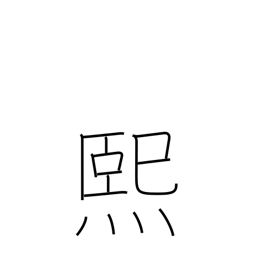
Meaning: sunny